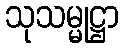
သုသမ္မုဋ္ဌာ